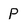
Character: p